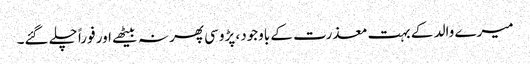
میرے والد کے بہت معذرت کے باوجود، پڑوسی پھر نہ بیٹھے اور فوراً چلے گئے۔